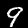
Label: 9